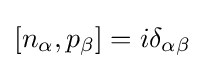
[n_{\alpha },p_{\beta }]=i\delta _{\alpha \beta }